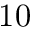
1 0